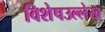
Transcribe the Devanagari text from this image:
विशेषउल्लेख